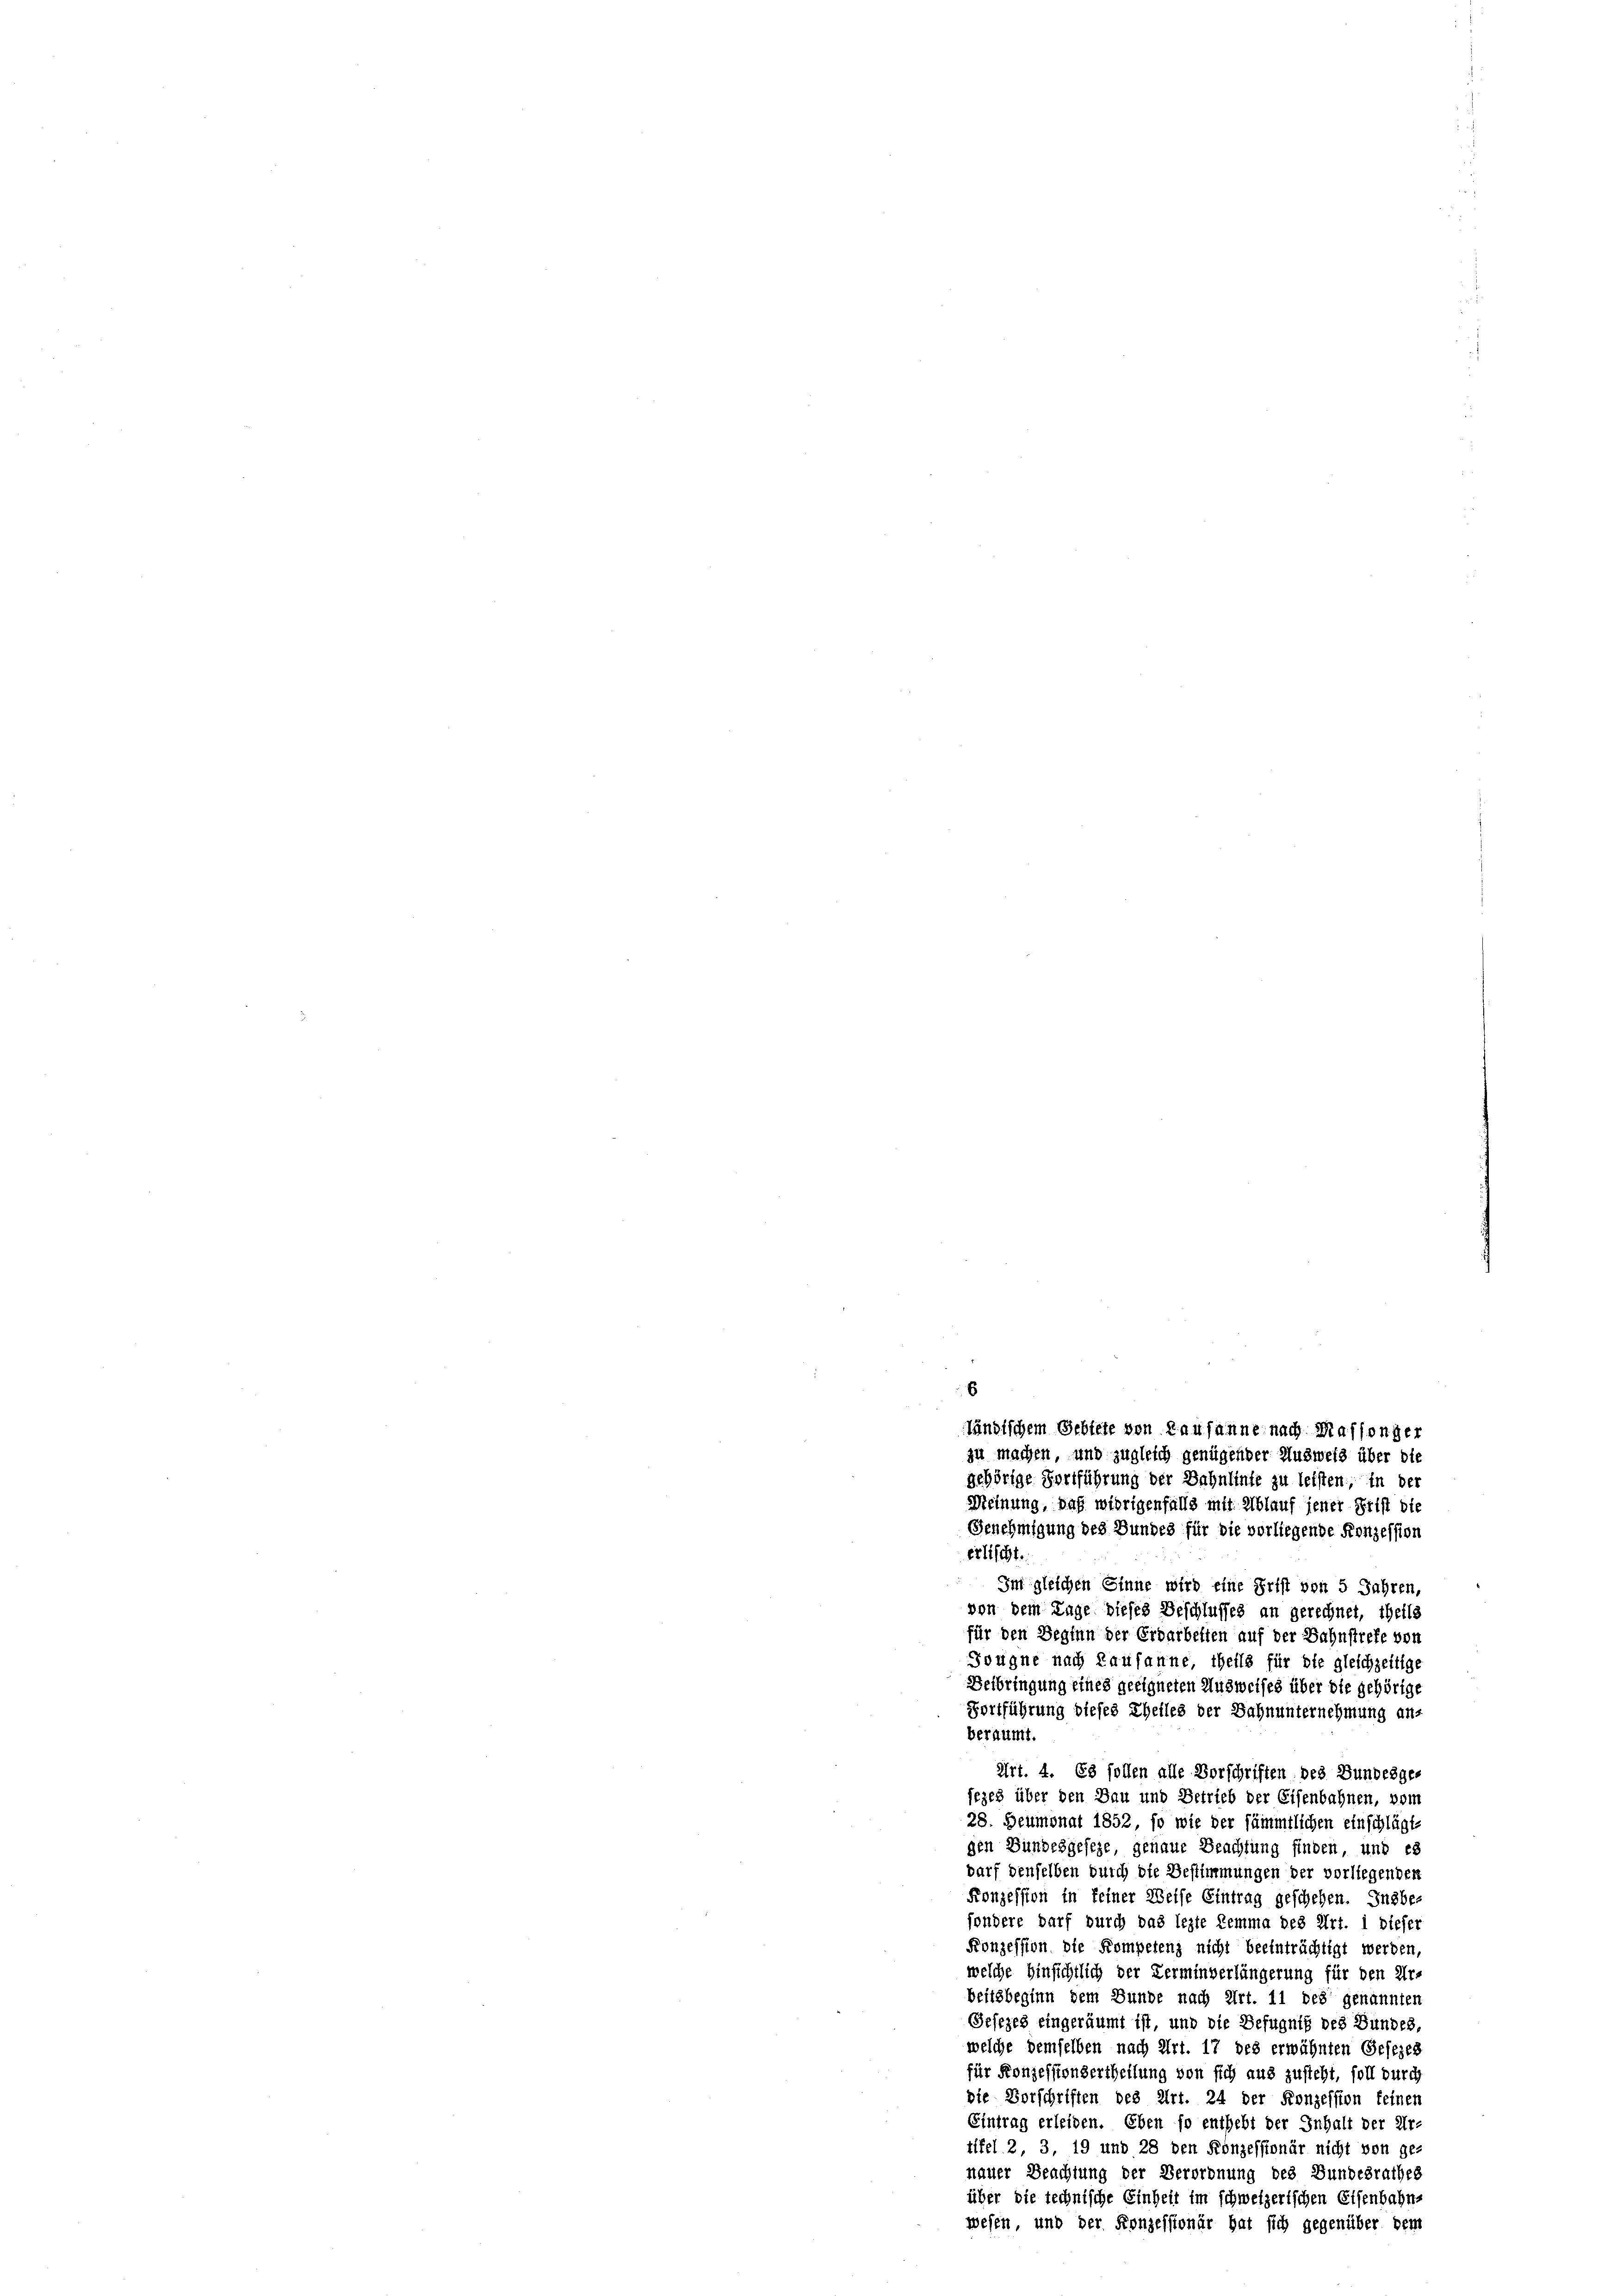
zu machen, und zugleich genügender Ausweis über die
gehörige Fortführung der Bahntente zu leisten, in der
Meinung, daß mibrigenfalls mit Ablauf jener Frist die
Genehmigung des Bundes für die vorliegende Konzession
erlischt.
Im gleichen Sinne wird eine Frist von 5 Jahren,
von dem Lage dieses Beschlusses an gerechnet, ihells
für den Beginn der Erdarbeiten auf der Bahnstrefe von
Tougne nach Lausanne, theils für die gleichzeitige
Beibringung eines geeigneten Ausweises über die gehörige
Fortführung dieses Theiles der Bahnunternehmung an-
beraumt.
Art. 4. Es sollen alle Vorschriften des Bundesgejezes über den Bau und Betrieb der Eisenbahnen, von
28. Heumonat 1852, so wie der sämmtlichen einschlägt-
gen Bundesgeseze genaue Beachtung finden, und es
darf denselben durch die Bestimmungen der vorliegenden
Konzession in feiner Weise Eintrag geschehen. Insbes
sondere darf durch das lezte Lemma des Art. i dieser
Konzession die Kompetenz nicht beeinträchtigt werden,
welche hinsichtlich der Terminverlängerung für den Ur-
beitsbeginn dem Bunde nach Art. il des genannten
Gesezes eingeräumt ist, und die Befugniß des Bundes,
welche demselben nach Art. 17 des erwähnten Gesezes
für Konzessionsertheilung von sich aus zusteht, soll durch
die Vorschriften des Art. 24 der Konzession feinen
Eintrag erleiden. Eben so enthebt der Inhalt der Ur-
tifel 2, 3, 19 und 28 den Konzessionär nicht von ge-
nauer Beachtung der Verordnung des Bundesrathes
über die technische Einheit im schweizerischen Eisenbahns
wesen und der Konzessionär hat sich gegenüber dem

ländischem Gebiete von Lausanne nach Massonder